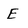
Character: E